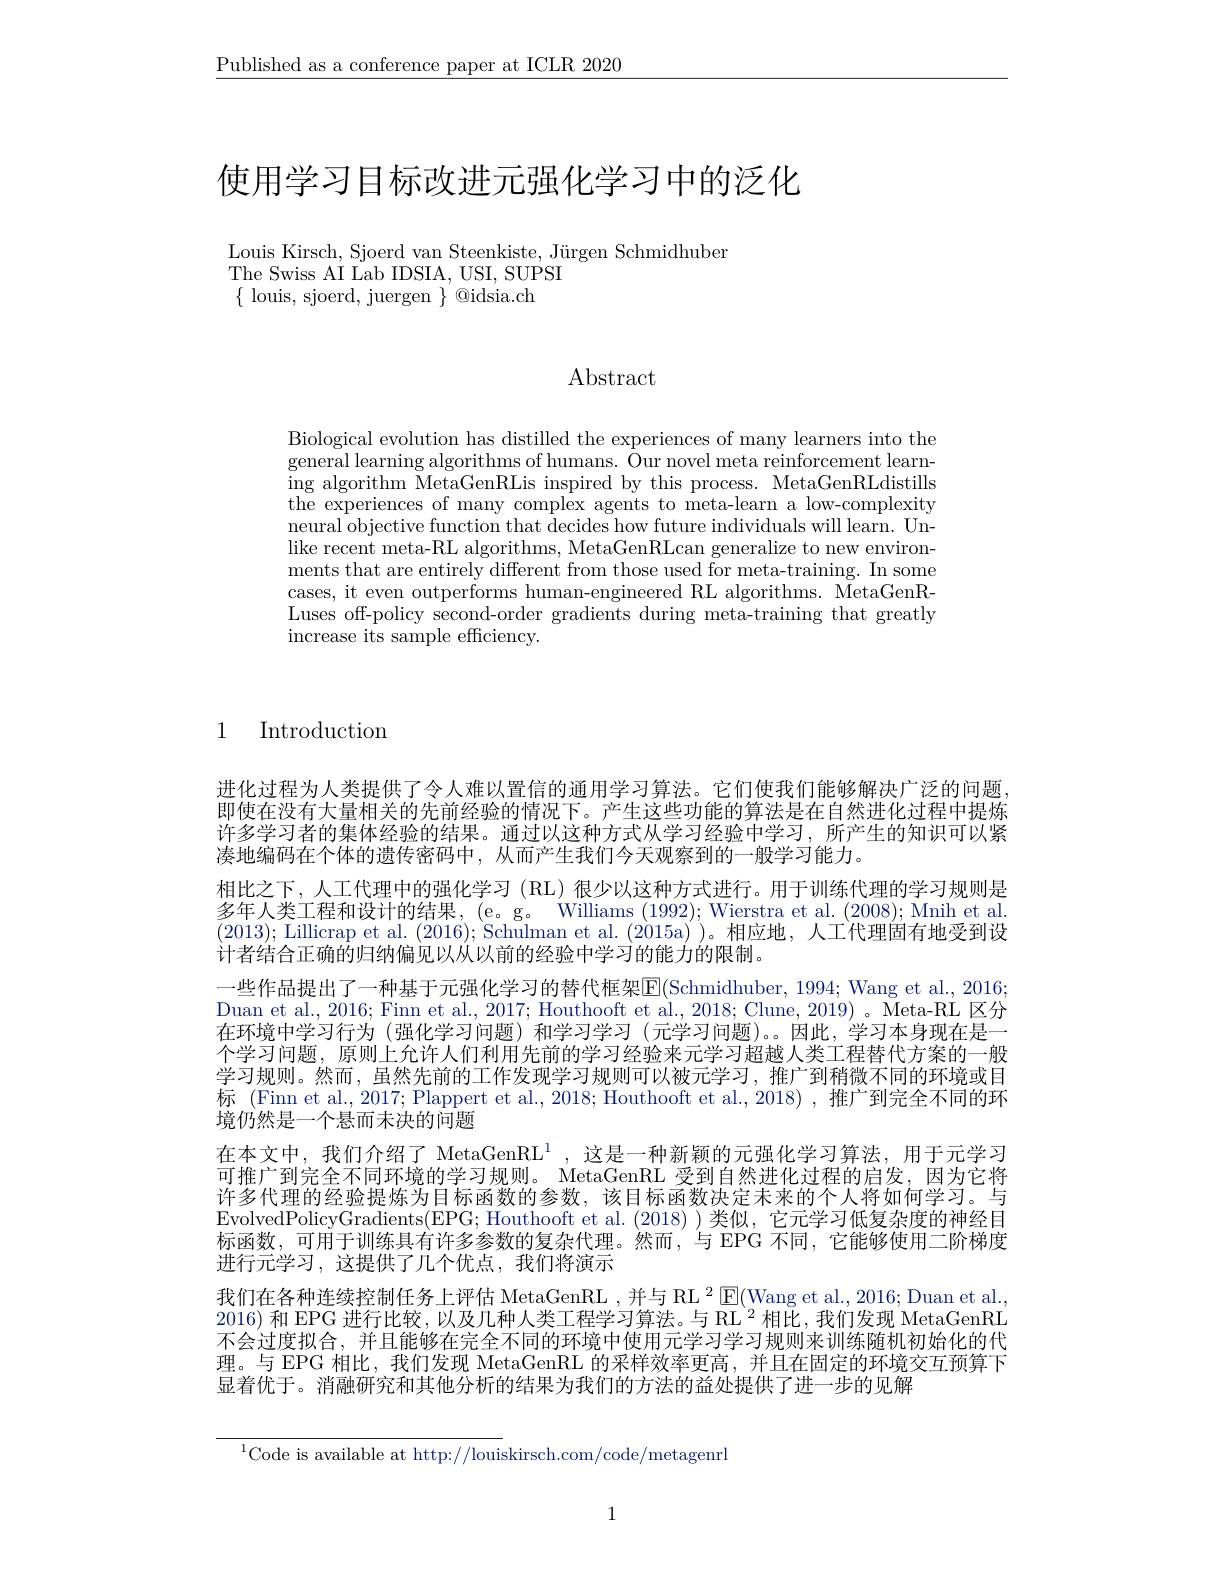
$\underline{\text{Published as a conference paper at ICLR 2020}}$

使用学习目标改进元强化学习中的泛化

Louis Kirsch, Sjoerd van Steenkiste, Jürgen Schmidhuber
The Swiss AI Lab IDSIA, USI, SUPSI
$\{$ louis, sjoerd, juergen $\}$ @idsia.ch

Abstract

Biological evolution has distilled the experiences of many learners into the general learning algorithms of humans. Our novel meta reinforcement learning algorithm MetaGenRLis inspired by this process. MetaGenRLdistills the experiences of many complex agents to meta-learn a low-complexity neural objective function that decides how future individuals will learn. Unlike recent meta-RL algorithms, MetaGenRLcan generalize to new environments that are entirely different from those used for meta-training. In some cases, it even outperforms human-engineered RL algorithms. MetaGenRLuses off-policy second-order gradients during meta-training that greatly increase its sample efficiency.

1 Introduction

进化过程为人类提供了令人难以置信的通用学习算法。它们使我们能够解决广泛的问题即使在没有大量相关的先前经验的情况下。产生这些功能的算法是在自然进化过程中提炼许多学习者的集体经验的结果。通过以这种方式从学习经验中学习，所产生的知识可以紧凑地编码在个体的遗传密码中，从而产生我们今天观察到的一般学习能力。
相比之下，人工代理中的强化学习(RL)很少以这种方式进行。用于训练代理的学习规则是多年人类工程和设计的结果，(e。g。Williams (1992); Wierstra et al. (2008); Mnih et al. (2013); Lillicrap et al. (2016); Schulman et al. (2015a)')。相应地，人工代理固有地受到设计者结合正确的归纳偏见以从以前的经验中学习的能力的限制。
一些作品提出了一种基于元强化学习的替代框架E(Schmidhuber, 1994; Wang et al., 2016; Duan et al., 2016; Finn et al., 2017; Houthooft et al., 2018; Clune, 2019)。Meta-RL 区分在环境中学习行为(强化学习问题)和学习学习(元学习问题)。因此，学习本身现在是一个学习问题，原则上允许人们利用先前的学习经验来元学习超越人类工程替代方案的一般学习规则。然而，虽然先前的工作发现学习规则可以被元学习，推广到稍微不同的环境或目标 (Finn et al., 2017; Plappert et al., 2018; Houthooft et al., 2018) , 推广到完全不同的环境仍然是一个悬而未决的问题
在本文中，我们介绍了 MetaGenRL$^{1}$,这是一种新颖的元强化学习算法，用于元学习可推广到完全不同环境的学习规则。MetaGenRL 受到自然进化过程的启发，因为它将许多代理的经验提炼为目标函数的参数，该目标函数决定未来的个人将如何学习。与EvolvedPolicyGradients(EPG; Houthooft et al. (2018))类似，它元学习低复杂度的神经目标函数，可用于训练具有许多参数的复杂代理。然而，与 EPG 不同，它能够使用二阶梯度进行元学习，这提供了几个优点，我们将演示
我们在各种连续控制任务上评估 MetaGenRL ,并与 RL $^2\operatorname{E}($Wang et al., 2016; Duan et al., 2016) 和 EPG 进行比较，以及几种人类工程学习算法。与 RL $^2$相比，我们发现 MetaGenRL 不会过度拟合，并且能够在完全不同的环境中使用元学习学习规则来训练随机初始化的代理。与 EPG 相比，我们发现 MetaGenRL 的采样效率更高，并且在固定的环境交互预算下显着优于。消融研究和其他分析的结果为我们的方法的益处提供了进一步的见解

$^{1}$Code is available at http://louiskirsch.com/code/metagenrl

1